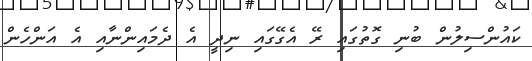
ކައުންސިލުން ބުނި ގޮތުގައި ރޭ އެގޭގައި ނިދީ އެ ދެމައިންނާއި އެ އަންހެން